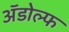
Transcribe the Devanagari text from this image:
अॅडोल्फ